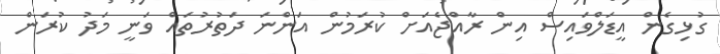
ގުޅިގެން އީޑަލްވައިސް އިން ރާއްޖެއަށް ކުރަމުން އަންނަ ދަތުރުތައް ވަނީ މަދު ކުރަން